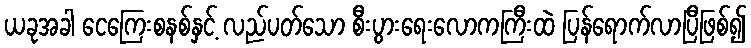
ယခုအခါ ငေကြေးစနစ်နှင့် လည်ပတ်သော စီးပွားရေးလောကကြီးထဲ ပြန်ရောက်လာပြီဖြစ်၍